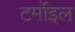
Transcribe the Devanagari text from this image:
टर्मोइल